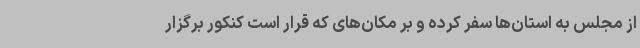
از مجلس به استان‌ها سفر کرده و بر مکان‌های که قرار است کنکور برگزار